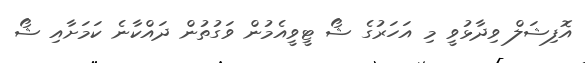
އޮފިޝަލް ވިދާޅުވީ މި އަހަރުގެ ޝޯ ޓީވީއެމުން ވަގުތުން ދައްކާނެ ކަމަށާއި ޝޯ